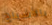
بالأشباح